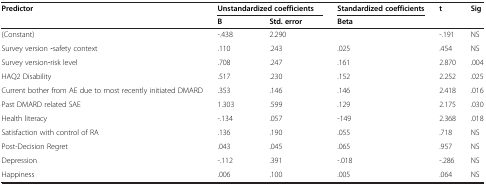
<table><thead><tr><td><b>Predictor</b></td><td colspan="2"><b>Unstandardized coefficients</b></td><td><b>Standardized coefficients</b></td><td><b>t</b></td><td><b>Sig</b></td></tr><tr><td>[EMPTY_CELL]</td><td><b>B</b></td><td><b>Std. error</b></td><td><b>Beta</b></td><td>[EMPTY_CELL]</td><td>[EMPTY_CELL]</td></tr></thead><tbody><tr><td>(Constant)</td><td>-.438</td><td>2.290</td><td>[EMPTY_CELL]</td><td>-.191</td><td>NS</td></tr><tr><td>Survey version ‒safety context</td><td>.110</td><td>.243</td><td>.025</td><td>.454</td><td>NS</td></tr><tr><td>Survey version‒risk level</td><td>.708</td><td>.247</td><td>.161</td><td>2.870</td><td>.004</td></tr><tr><td>HAQ2 Disability</td><td>.517</td><td>.230</td><td>.152</td><td>2.252</td><td>.025</td></tr><tr><td>Current bother from AE due to most recently initiated DMARD</td><td>.353</td><td>.146</td><td>.146</td><td>2.418</td><td>.016</td></tr><tr><td>Past DMARD related SAE</td><td>1.303</td><td>.599</td><td>.129</td><td>2.175</td><td>.030</td></tr><tr><td>Health literacy</td><td>-.134</td><td>.057</td><td>-149</td><td>2.368</td><td>.018</td></tr><tr><td>Satisfaction with control of RA</td><td>.136</td><td>.190</td><td>.055</td><td>.718</td><td>NS</td></tr><tr><td>Post-Decision Regret</td><td>.043</td><td>.045</td><td>.065</td><td>.957</td><td>NS</td></tr><tr><td>Depression</td><td>-.112</td><td>.391</td><td>-.018</td><td>-.286</td><td>NS</td></tr><tr><td>Happiness</td><td>.006</td><td>.100</td><td>.005</td><td>.064</td><td>NS</td></tr></tbody></table>